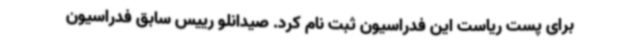
برای پست ریاست این فدراسیون ثبت نام کرد. صیدانلو رییس سابق فدراسیون